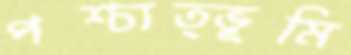
পশ্চাত্ভূমি